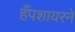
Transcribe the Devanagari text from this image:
हँपशायरने